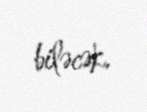
biləcək.